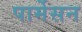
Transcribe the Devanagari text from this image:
पार्मेसन